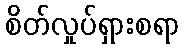
စိတ်လှုပ်ရှားစရာ